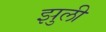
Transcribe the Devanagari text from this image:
झुली